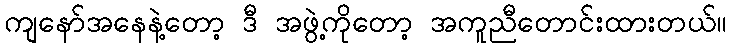
ကျနော်အနေနဲ့တော့ ဒီ အဖွဲ့ကိုတော့ အကူညီတောင်းထားတယ်။